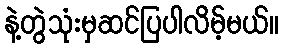
နဲ့တွဲသုံးမှဆင်ပြပါလိမ့်မယ်။